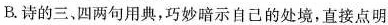
B.诗的三，四两句用典，巧妙暗示自己的处境，直接点明